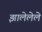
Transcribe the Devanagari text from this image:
झालेलेले